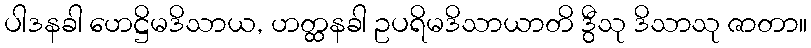
ပါဒနခါ ဟေဋ္ဌိမဒိသာယ, ဟတ္ထနခါ ဥပရိမဒိသာယာတိ ဒွီသု ဒိသာသု ဇာတာ။